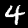
Digit: 4